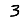
Digit: 3